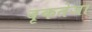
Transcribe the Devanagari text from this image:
वृकतेजा